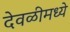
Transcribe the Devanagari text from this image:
देवळीमध्ये